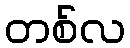
တစ်လ